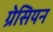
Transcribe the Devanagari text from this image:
ग्रेसियन